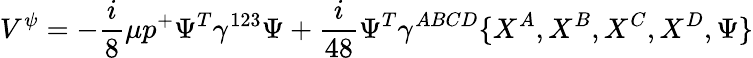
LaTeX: V^{\psi}=-{\frac{i}{8}}\mu p^{+}\Psi^{T}\gamma^{123}\Psi+{\frac{i}{48}}\Psi^{T}\gamma^{ABCD}\{ X^{A},X^{B},X^{C},X^{D},\Psi\}